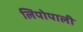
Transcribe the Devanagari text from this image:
लिपोपाली